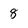
Character: 8